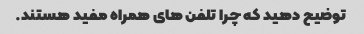
توضیح دهید که چرا تلفن های همراه مفید هستند.